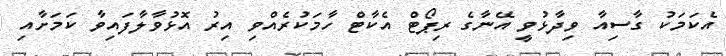
އެކަމަކު ގާސިއާ ވިދާޅުވީ އޭނާގެ ރިޕޯޓް އެކާޓް ހާމަކުރެއްވި އިރު އޮޅުވާލާފައިވާ ކަމަށާއި